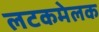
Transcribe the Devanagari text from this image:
लटकमेलक